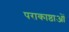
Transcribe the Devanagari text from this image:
पराकाष्ठाओं